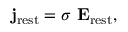
{ \bf j } _ { \mathrm { r e s t } } = \sigma ~ { \bf E } _ { \mathrm { r e s t } } ,